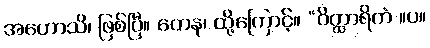
အဟောသိ၊ ဖြစ်ပြီ။ တေန၊ ထို့ကြောင့်။ “ဝိတ္ထာရိကံ ။ပ။